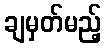
ချမှတ်မည့်